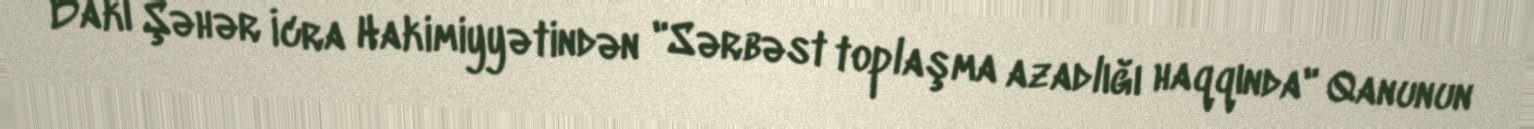
Bakı Şəhər İcra Hakimiyyətindən "Sərbəst toplaşma azadlığı haqqında" Qanunun